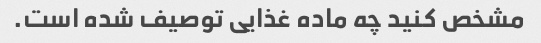
مشخص کنید چه ماده غذایی توصیف شده است.